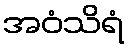
အဝံသိရံ